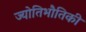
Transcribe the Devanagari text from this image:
ज्योतिभौतिकी